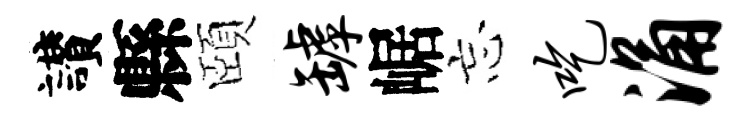
讃縣頤罅崌忘吃涌